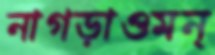
নাগড়াওমন্